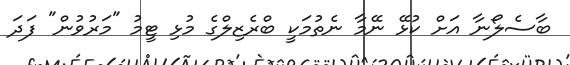
ބާސެލޯނާ އަށް ކުޅޭ ނޭމާ ނެތުމަކީ ބްރެޒިލްގެ މުޅި ޓީމު "މަރުވުން" ފަދަ